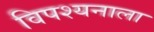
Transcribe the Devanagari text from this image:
विपश्यनाला